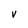
Character: v